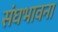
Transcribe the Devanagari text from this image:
संघभावना